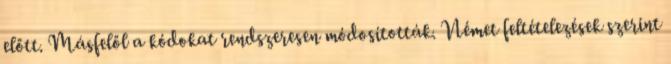
előtt. Másfelől a kódokat rendszeresen módosították. Német feltételezések szerint